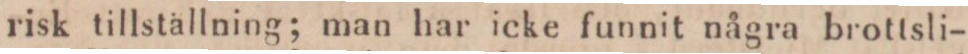
risk tillställning; man har icke funnit några brottsli-